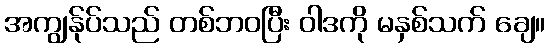
အကျွန်ုပ်သည် တစ်ဘဝပြီး ဝါဒကို မနှစ်သက် ချေ။